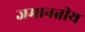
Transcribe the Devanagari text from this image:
जमानतीय